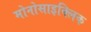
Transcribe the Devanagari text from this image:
मोनोसाइक्लिक